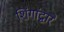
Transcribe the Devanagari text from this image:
शिंगांद्वारे